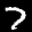
Label: 7